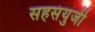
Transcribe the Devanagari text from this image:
सहसंयुजी